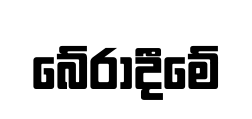
බේරාදීමේ